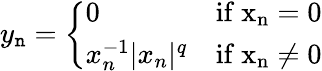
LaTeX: y_{\mathtt{n}}={\left\{ \begin{array}{ll}{0}&{\mathrm{{{if}\ x_{n}=0}}}\\ {x_{n}^{-1}|x_{n}|^{q}}&{\mathrm{{{if}\ x_{n}\not=0}}}\end{array}\right.}